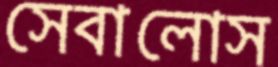
সেবালোস